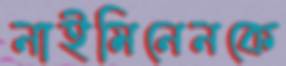
নাইমিনেনকে